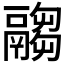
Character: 𩱈